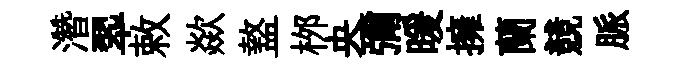
濳翆敕歘盩桞央彌暖擁蘭競脈